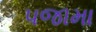
પજામા